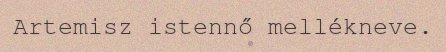
Artemisz istennő mellékneve.